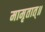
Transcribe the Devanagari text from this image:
मामृतात्॥